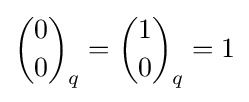
{0 \choose 0}_{q}={1 \choose 0}_{q}=1